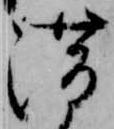
滞